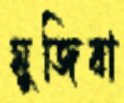
মুজিবা